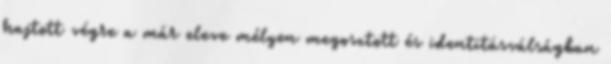
hajtott végre a már eleve mélyen megosztott és identitásválságban